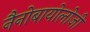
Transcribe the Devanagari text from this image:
नैनोबायोलोजी